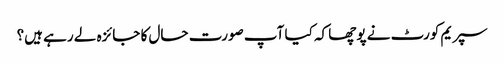
سپریم کورٹ نے پوچھا کہ کیا آپ صورت حال کا جائزہ لے رہے ہیں؟